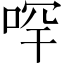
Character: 𠳾